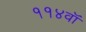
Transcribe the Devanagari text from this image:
११४वॉ